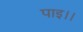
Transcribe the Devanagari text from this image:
पाइ।।